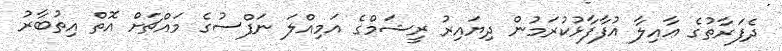
ދެފަރާތުގެ ޢާއިލާ އުފާފާޅުކުރަމުން ދިޔައިރު ރީޝަމްގެ އަމިއްލަ ނަފްސުގެ މައްޗަށް އޮތް އިތުބާރު